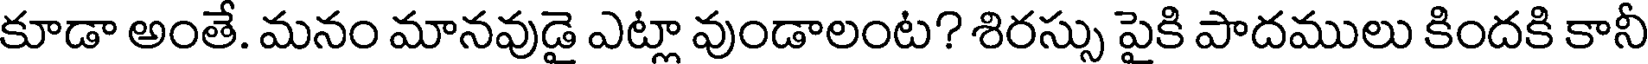
కూడా అంతే. మనం మానవుడై ఎట్లా వుండాలంట? శిరస్సు పైకి పాదములు కిందకి కానీ